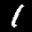
Label: 1